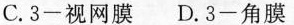
C. 3-视网膜 D. 3-角膜